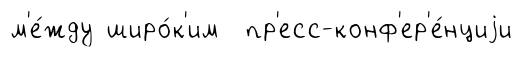
м'е́жду широ́к'им пр'есс-конф'ер'е́нциjи